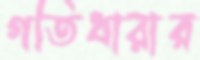
গতিধারার